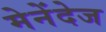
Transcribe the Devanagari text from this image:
मेनेंदेज